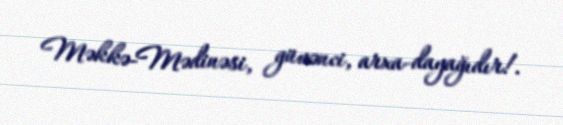
Məkkə-Mədinəsi, güvənci, arxa-dayağıdır!.